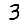
Digit: 3